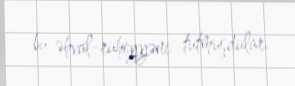
bu əhval-ruhiyyəni tutmuşdular.